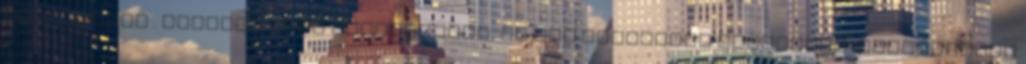
fizetésből . Ilyenre csak édesanyámék, az ősi felvidéki Karátsony-családjában